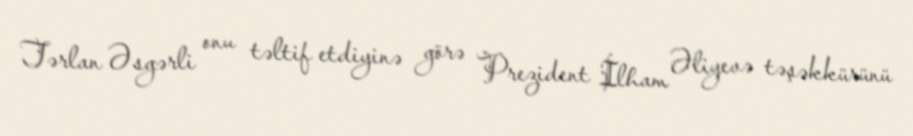
Tərlan Əsgərli onu təltif etdiyinə görə Prezident İlham Əliyevə təşəkkürünü